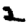
Digit: 2